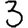
Digit: 3